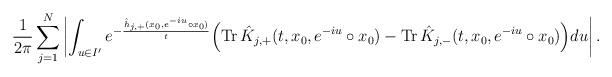
LaTeX: \begin{align*}\frac{1}{2\pi}\sum^N_{j=1}\left\vert \int_{u\in I'}e^{-\frac{\hat h_{j,+}(x_0,e^{-iu}\circ x_0)}{t}}\Bigr(\mathrm{Tr\,}\hat K_{j,+}(t,x_0,e^{-iu}\circ x_0)-\mathrm{Tr\,}\hat K_{j,-}(t,x_0,e^{-iu}\circ x_0)\Bigr)du\right\vert. \end{align*}